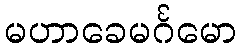
မဟာခေမင်္ဂမော